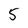
Character: 5